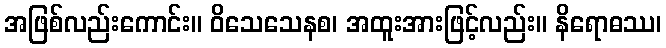
အဖြစ်လည်းကောင်း။ ဝိသေသေနစ၊ အထူးအားဖြင့်လည်း။ နိရောဓဿ၊